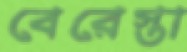
বেরেস্তা